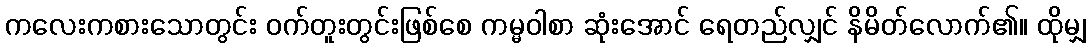
ကလေးကစားသောတွင်း ဝက်တူးတွင်းဖြစ်စေ ကမ္မဝါစာ ဆုံးအောင် ရေတည်လျှင် နိမိတ်လောက်၏။ ထိုမျှ